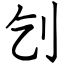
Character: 刉